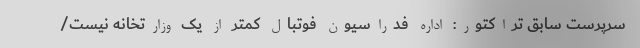
سرپرست سابق تراکتور: اداره فدراسیون فوتبال کمتر از یک وزارتخانه نیست/